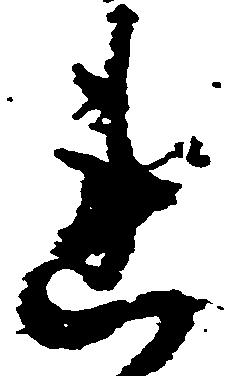
連